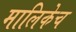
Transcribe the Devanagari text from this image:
मालिकेच